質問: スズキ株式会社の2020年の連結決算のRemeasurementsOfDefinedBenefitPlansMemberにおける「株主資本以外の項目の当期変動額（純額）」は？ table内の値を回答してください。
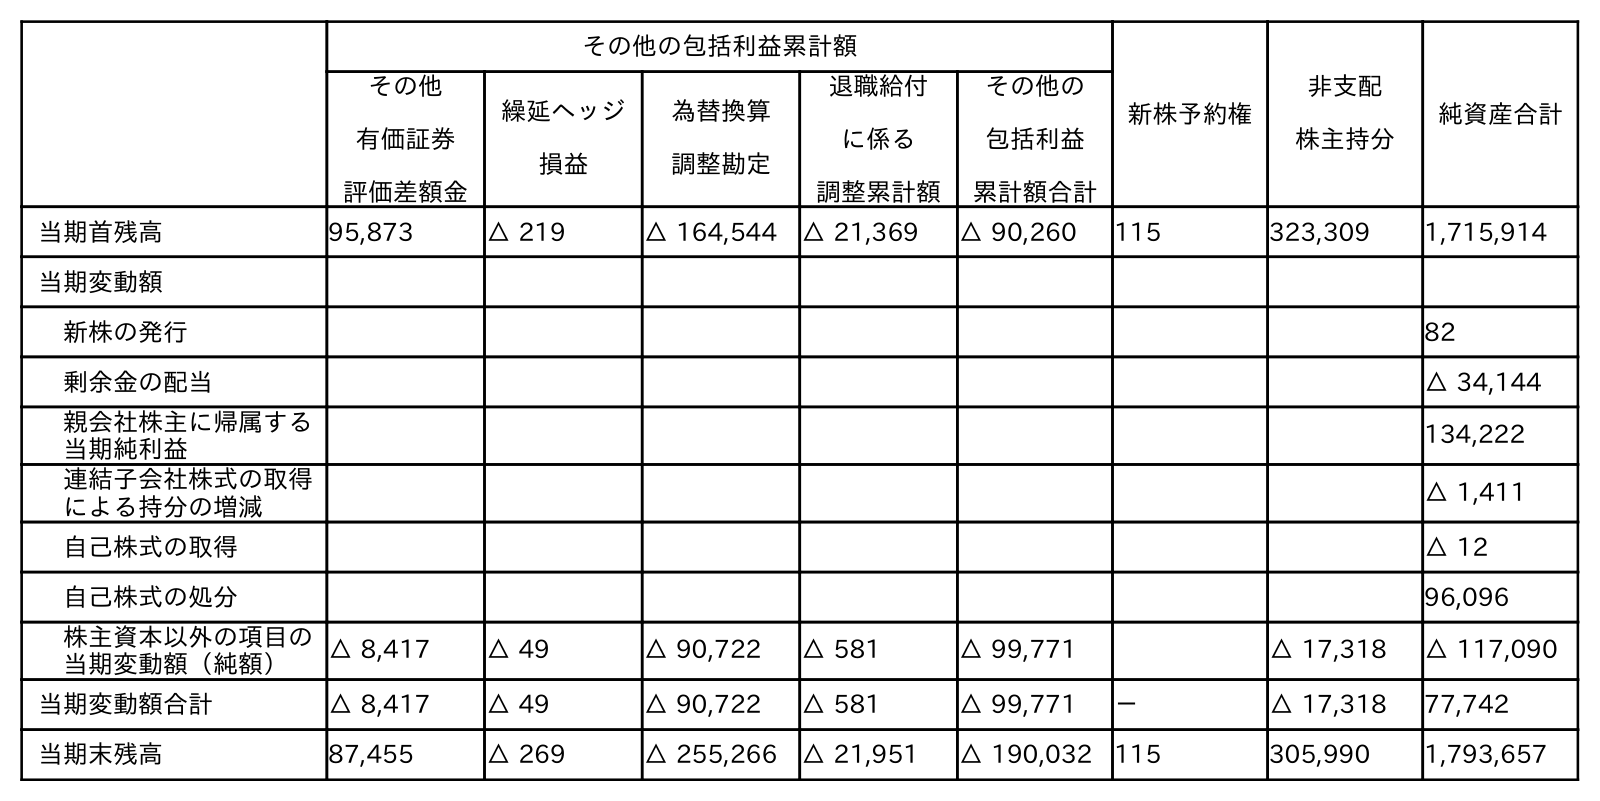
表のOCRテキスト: その他の包括利益累計額 新株予約権 非支配 株主持分 純資産合計 その他 有価証券 評価差額金 繰延ヘッジ 損益 為替換算 調整勘定 退職給付 に係る 調整累計額 その他の 包括利益 累計額合計 当期首残高 95,873 △ 219 △ 164,544 △ 21,369 △ 90,260 115 323,309 1,715,914 当期変動額 新株の発行 82 剰余金の配当 △ 34,144 親会社株主に帰属する 当期純利益 134,222 連結子会社株式の取得 による持分の増減 △ 1,411 自己株式の取得 △ 12 自己株式の処分 96,096 株主資本以外の項目の 当期変動額（純額） △ 8,417 △ 49 △ 90,722 △ 581 △ 99,771 △ 17,318 △ 117,090 当期変動額合計 △ 8,417 △ 49 △ 90,722 △ 581 △ 99,771 － △ 17,318 77,742 当期末残高 87,455 △ 269 △ 255,266 △ 21,951 △ 190,032 115 305,990 1,793,657
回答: △581